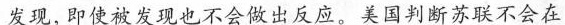
发现，即使被发现也不会做出反应。美国判断苏联不会在